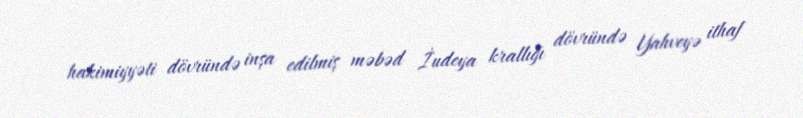
hakimiyyəti dövründə inşa edilmiş məbəd İudeya krallığı dövründə Yahveyə ithaf